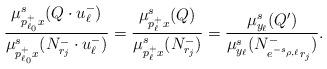
LaTeX: \begin{align*} \frac{\mu^s_{p^+_{\ell_0} x}(Q \cdot u^-_\ell)}{\mu^s_{p^+_{\ell_0} x}(N^-_{r_j} \cdot u^-_\ell) } = \frac{\mu^s_{p^+_{\ell} x}(Q )}{\mu^s_{p^+_{\ell} x}(N^-_{r_j}) } = \frac{\mu^s_{y_\ell}(Q^\prime)}{ \mu^s_{y_\ell}(N^-_{e^{-s_{\rho,\ell}} r_j}) }. \end{align*}